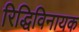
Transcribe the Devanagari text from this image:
रिद्धिविनायक